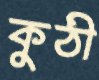
কুঠী